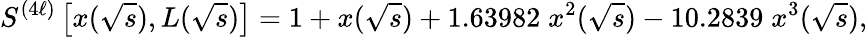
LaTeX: S^{(4\ell)}\left[x(\sqrt{s}),L(\sqrt{s})\right]=1+x(\sqrt{s})+1.63982\; x^{2}(\sqrt{s})-10.2839\; x^{3}(\sqrt{s}),